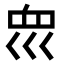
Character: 𡿻